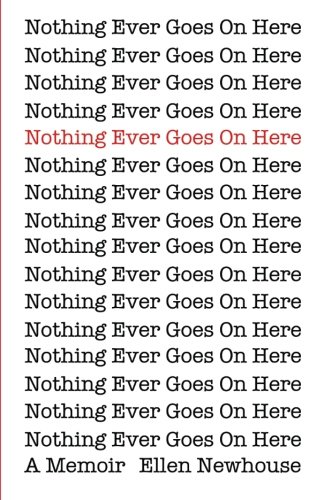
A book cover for Nothing Ever Goes On Here: A Memoir; Ellen Newhouse; Parenting & Relationships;